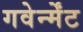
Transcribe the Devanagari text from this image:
गवेर्न्मेंट